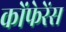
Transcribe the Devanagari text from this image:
कोंफेरेंस